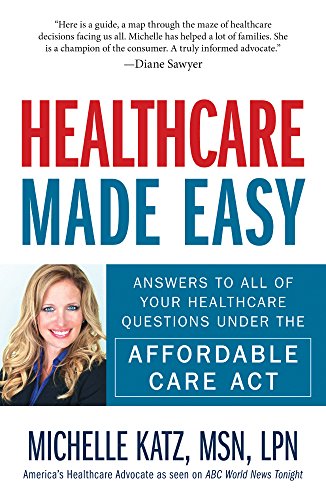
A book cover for Healthcare Made Easy: Answers to All of Your Healthcare Questions under the Affordable Care Act; Michelle Katz; Business & Money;